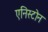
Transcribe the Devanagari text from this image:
एनिस्टोन